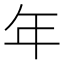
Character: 年